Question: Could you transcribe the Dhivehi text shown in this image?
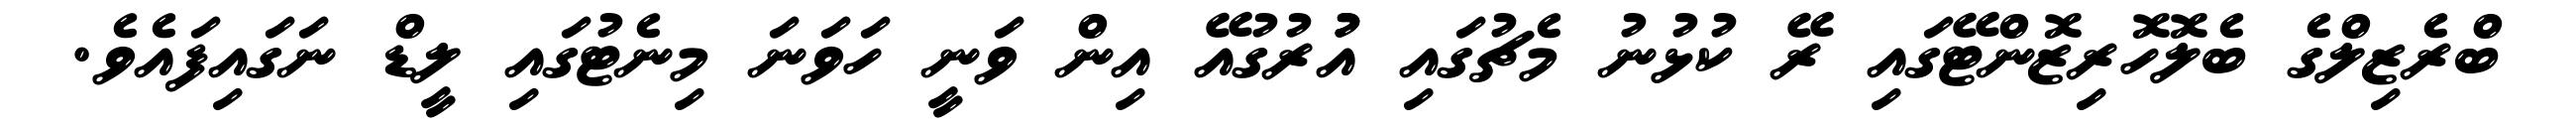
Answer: ބްރެޒިލްގެ ބެލޮހޮރިޒޮންޓޭގައި ރޭ ކުޅުނު މެޗުގައި އުުރުގުއޭ އިން ވަނީ ހަވަނަ މިނެޓުގައި ލީޑް ނަގައިފައެވެ.